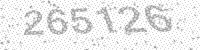
Solution: 265126